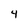
Character: 4